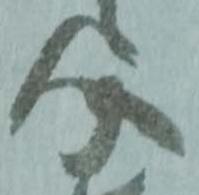
介